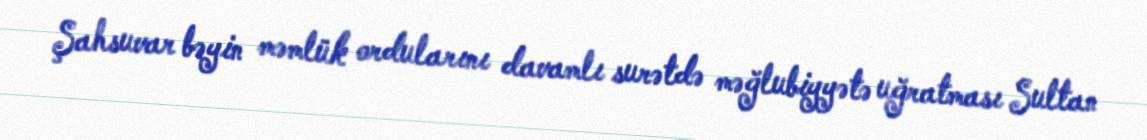
Şahsuvar bəyin məmlük ordularını davamlı surətdə məğlubiyyətə uğratması Sultan